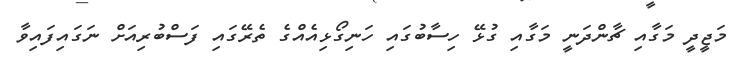
މަޖީދީ މަގާއި ޗާންދަނީ މަގާއި ގުޅޭ ހިސާބުގައި ހަނިގޯޅިއެއްގެ ތެރޭގައި ފަސްބުރިއަށް ނަގައިފައިވާ